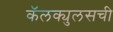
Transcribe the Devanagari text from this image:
कॅलक्युलसची